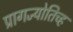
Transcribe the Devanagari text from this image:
प्रागज्योतिच्ह